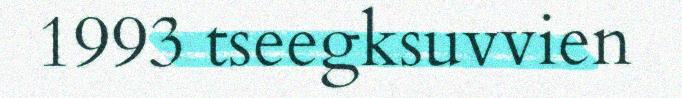
1993 tseegksuvvien